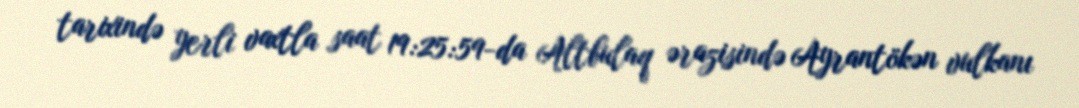
tarixində yerli vaxtla saat 19:25:59-da Altbulaq ərazisində Ayrantökən vulkanı